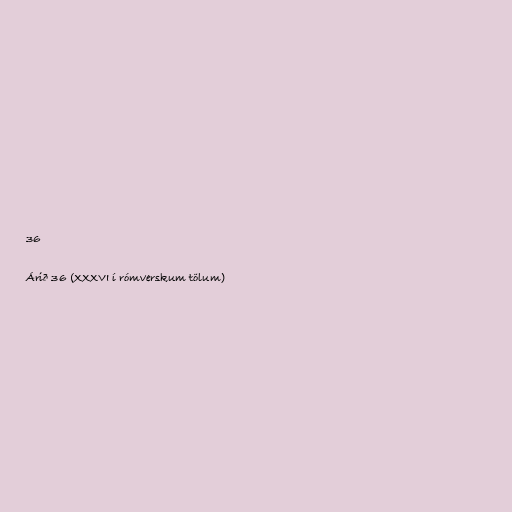
36

Árið 36 (XXXVI í rómverskum tölum)